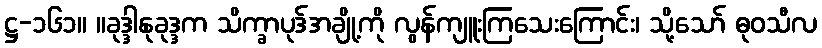
ဋ္ဌ-၁၆၁။ ။ခုဒ္ဒါနုခုဒ္ဒက သိက္ခာပုဒ်အချို့ကို လွန်ကျူးကြသေးကြောင်း၊ သို့သော် ဓုဝသီလ